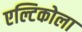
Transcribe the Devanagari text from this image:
एल्टिकोला